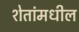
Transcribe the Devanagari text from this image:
शेतांमधील